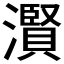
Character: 𤂐